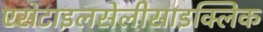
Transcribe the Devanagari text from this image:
एसेटाइलसेलीसाइक्लिक